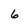
Character: 6